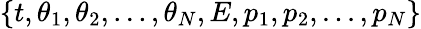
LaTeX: \{ t,\theta_{1},\theta_{2},...,\theta_{N},E,p_{1},p_{2},...,p_{N}\}